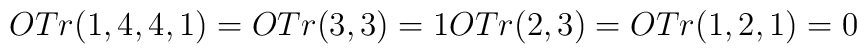
OTr(1,4,4,1) = OTr(3,3) = 1\\                   OTr(2,3) = OTr(1,2,1) = 0